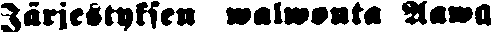
Järjestyksen walwonta Aawa